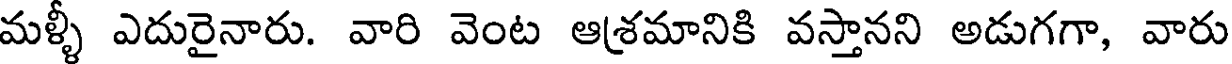
మళ్ళీ ఎదురైనారు. వారి వెంట ఆశ్రమానికి వస్తానని అడుగగా, వారు